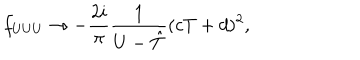
f _ { U U U } \rightarrow - \frac { 2 i } { \pi } \frac { 1 } { U - { \hat { T } } } ( c T + d ) ^ { 2 } ,